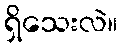
ရှိသေးလဲ။